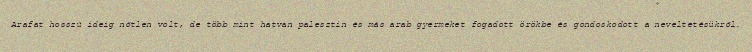
Arafat hosszú ideig nőtlen volt, de több mint hatvan palesztin és más arab gyermeket fogadott örökbe és gondoskodott a neveltetésükről.